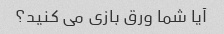
آیا شما ورق بازی می کنید؟